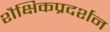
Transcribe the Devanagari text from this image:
शैक्षिकप्रदर्शन